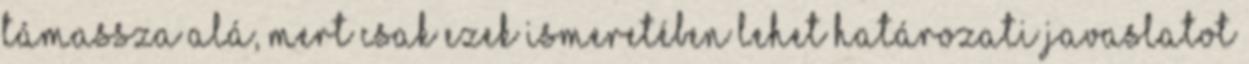
támassza alá, mert csak ezek ismeretében lehet határozati javaslatot